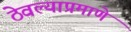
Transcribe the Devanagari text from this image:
ठेवल्याप्रमाणे